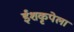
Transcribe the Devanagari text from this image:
ईशकृपेला